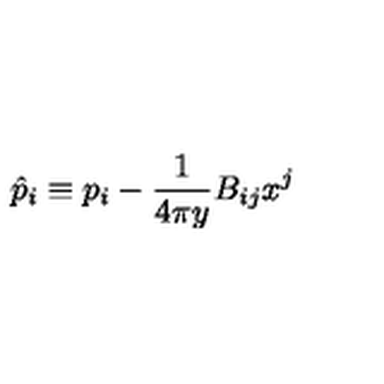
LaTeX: \hat { p } _ { i } \equiv p _ { i } - { \frac { 1 } { 4 \pi y } } B _ { i j } x ^ { j }